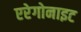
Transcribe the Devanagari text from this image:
एरेगोनाइट